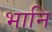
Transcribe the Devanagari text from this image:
भानि